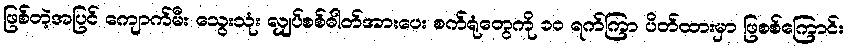
ဖြစ်တဲ့အပြင် ကျောက်မီး သွေးသုံး လျှပ်စစ်ဓါတ်အားပေး စက်ရုံတွေကို ၁၀ ရက်ကြာ ပိတ်ထားမှာ ဖြစစ်ကြောင်း